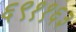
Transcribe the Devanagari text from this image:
६९११६३